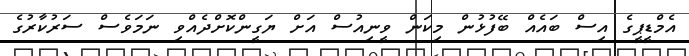
އެމްޑީޕީގެ އިސް ބައެއް ބޭފުޅުން މިކަން ވީނިއުސް އަށް ޔަގީންކޮށްދެއްވި ނަމަވެސް ސަރުކާރުގެ